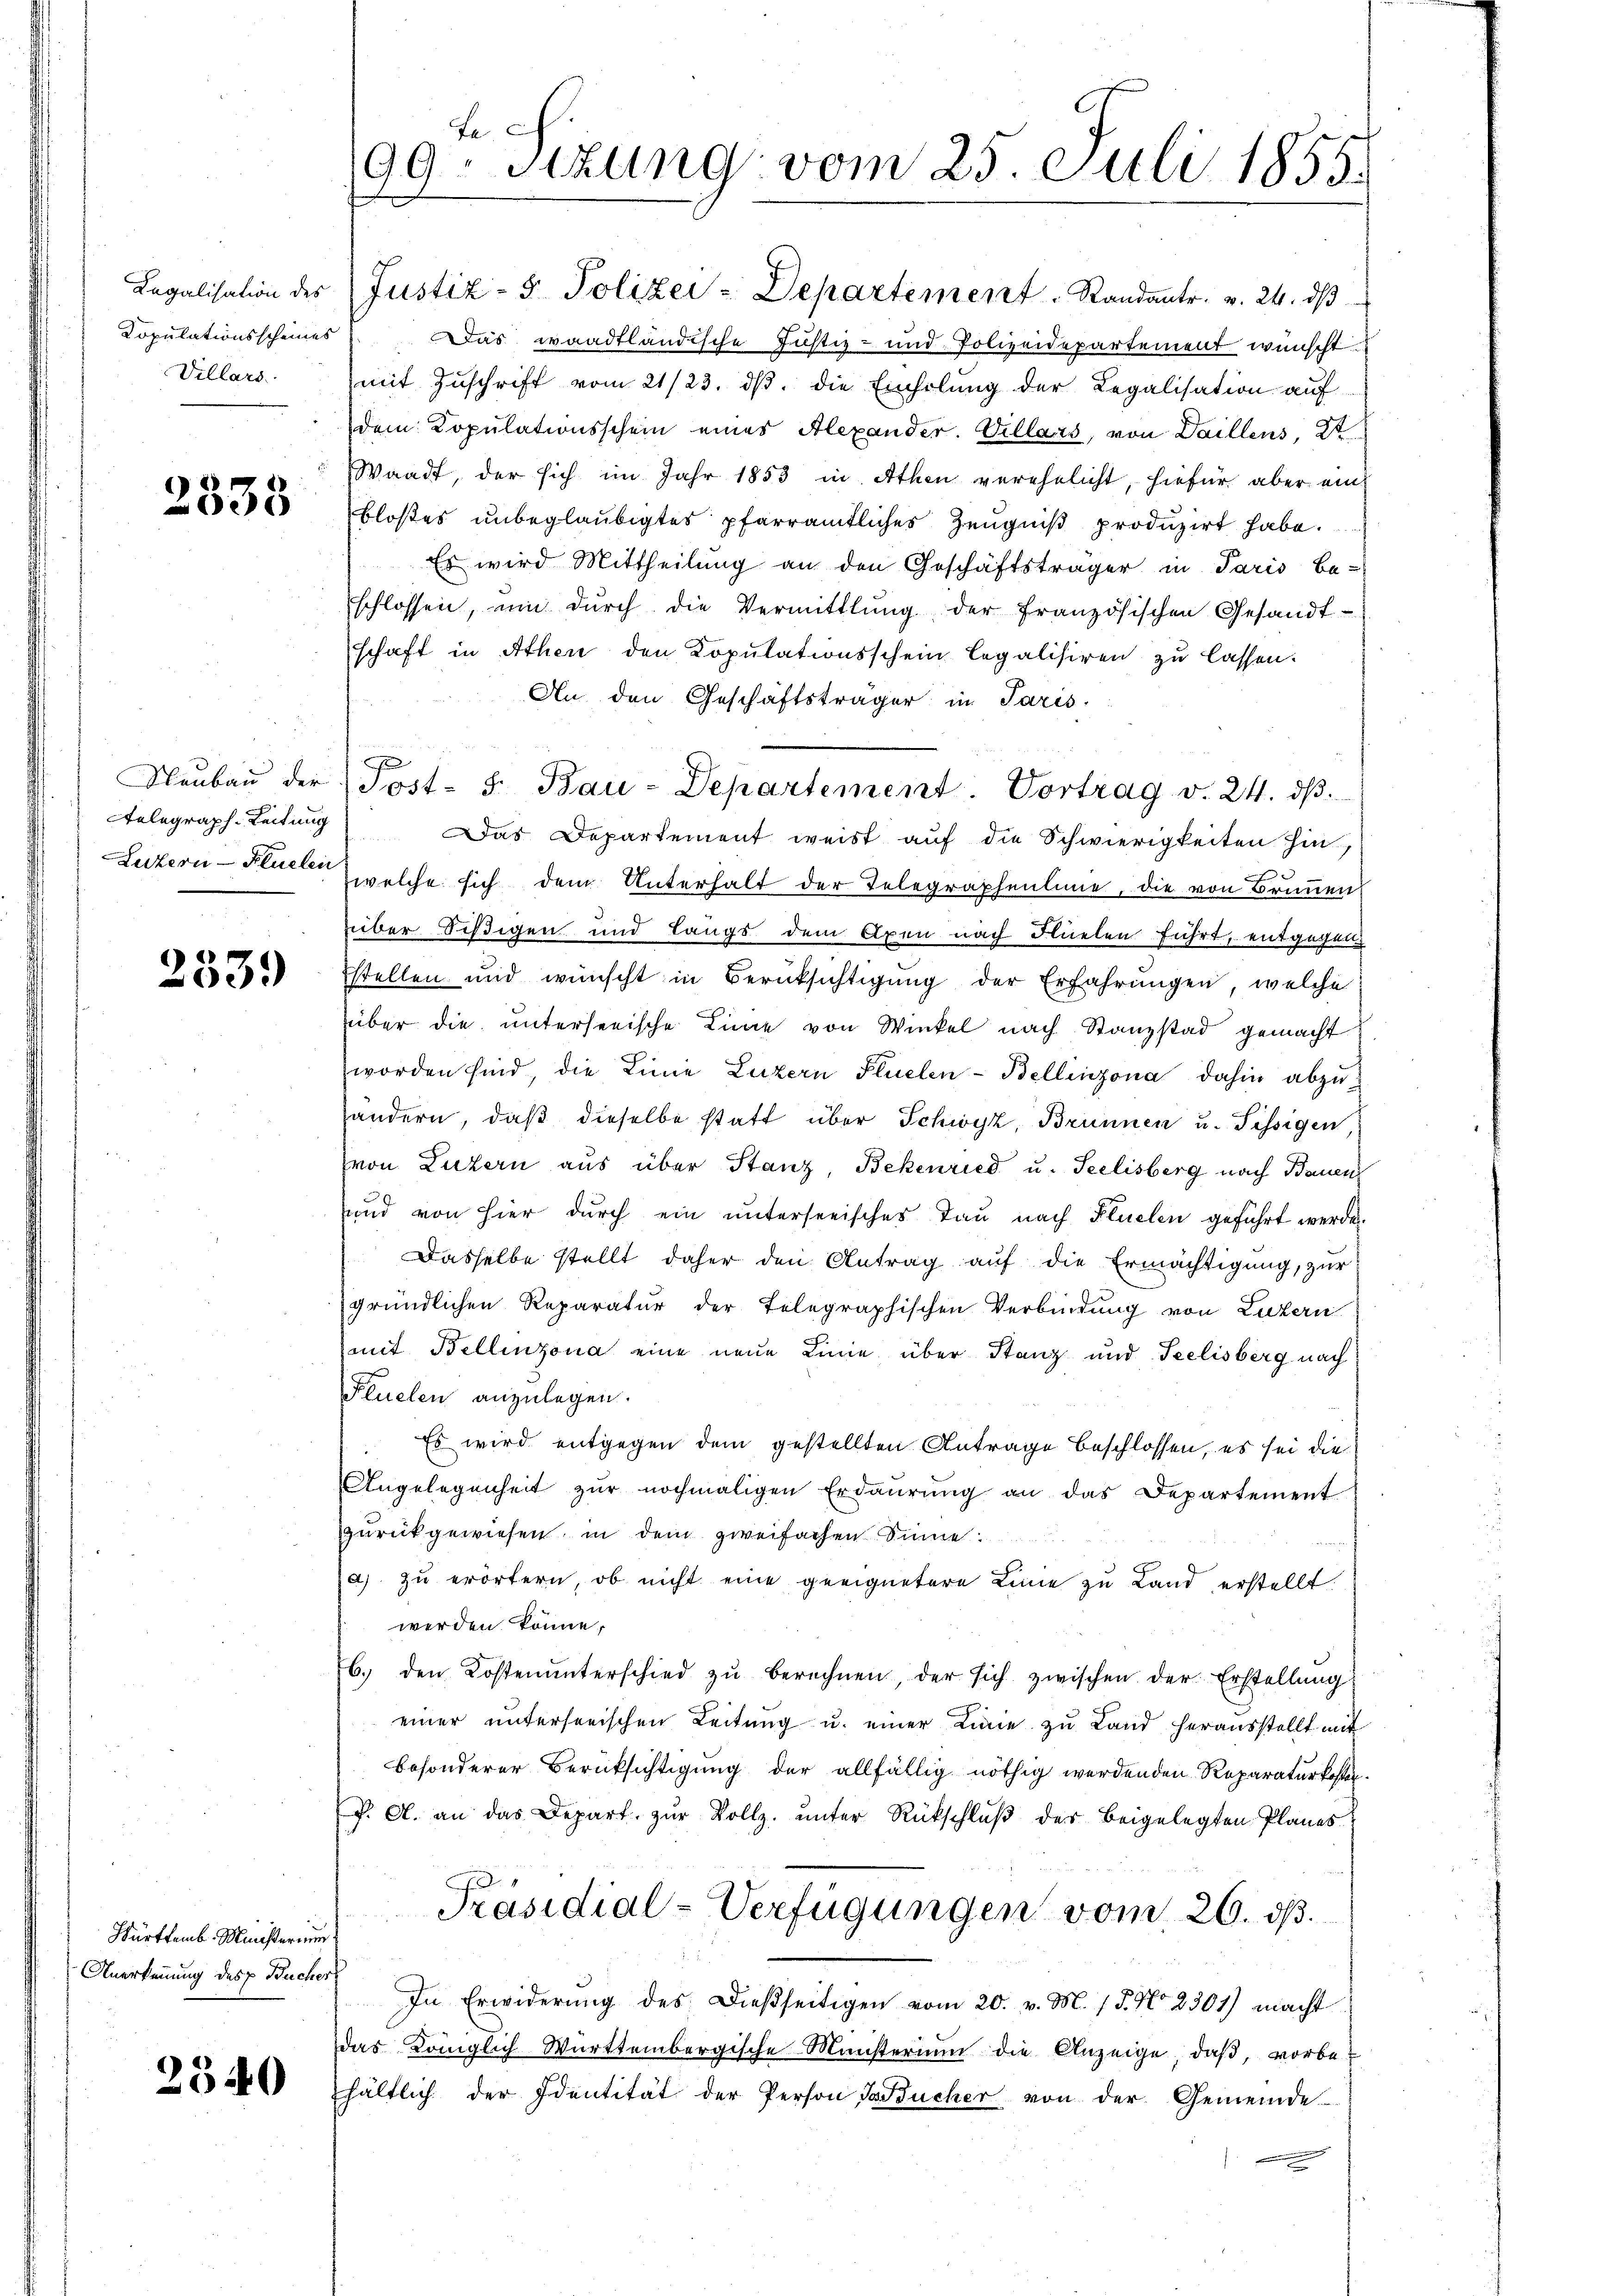
Legalisation des
Copulationsscheines
Villars.

2538

Neubau der
elegraph. Leitung
Luzern - Flüelen

2339

Württemb. Ministerium
Anerkennung des Bucher

2540

Fa
99. Sitzung vom 25. Juli 1855.

Justiz- & Polizei-Departement. Standantr. v. 24. dβ
Das waadtländische Justiz- und Polizeidepartement wünscht.
mit Zuschrift vom 21/23. dβ. die Einholung der Legalisation auf
dem Copŭlationsschein eines Alexander. Villars, von Daillens, St.
Waadt, der sich im Jahr 1853 in Athen verehelicht, hiefür aber ein
bloßes unbeglaubigtes pfarramtliches Zeugniß produzirt habe.
Es wird Mittheilung an den Geschäftsträger in Paris Be-
schlossen, um dŭrch die Vermittlung der französischen Gesandt-
schaft in Athen den Kopulationsschein legalisiren zu lassen.
An den Geschäftsträger in Paris
Das Departement weist auf die Schwierigkeiten hin,
welche sich dem Unterhalt der Telegraphenlinie, die von Brunnen
über Sistigen und Langs dem Axen nach Flüelen führt, entgegen
stellen und wünscht in Berüksichtigung der Erfahrungen, welche
über die unterseeische Linie von Winkel nach Stanzstad gemacht
worden sind die Linie Luzern Flüelen-Bellinzona dahin abzuändern, daß dieselbe statt über Schwyz, Brunnen u. Fissigen
(von Luzern aus über Stanz, Bekenried u. Seelisberg nach Bauen
und von hier durch ein unterseeisches Tau nach Flüelen geführt werde.
Dasselbe stellt daher den Antrag auf die Ermächtigung, zur
gründlichen Reparatur der Telegraphischen Verbindung von Luzern
mit Bellinzona eine neue Linie über Stanz und Seelisberg nach
Flüelen anzulegen.
Es wird entgegen dem gestellten Antrage beschlossen, es sei die
Angelegenheit zŭr nochmaligen Erdaŭrŭng an das Departement
zurückgewiesen, in dem zweifachen Sinne
2) zu erörtern, ob nicht eine geeignetere Linie zu Land erstellt.
werden könne,
6. den Kosten ŭnterschied zŭ berechnen, der sich zwischen der Erstellŭng
einer unterserischen Leitung u. einer Linie zu Land herausstellt mit
besonderer Berücksichtigung der allfällig nöthig werdenden Reparaturkosten.
f. A. an das Depart zur Vollz. unter Rückschluß der beigelegten Planes
Präsidial-Verfügungen vom 26. dß.
In Erwiderung des Dießseitigen vom 20. v. M. 15. No 2301) macht
das Königlich-Württembergische Ministerium die Anzeige, daß, vorbehältlich der Identität der Person Tücher von der Gemeinde

Post- S. Bau-Departement. Vortrag v. 24. dβ.